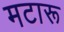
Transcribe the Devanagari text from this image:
मटारू